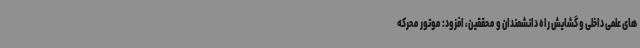
های علمی داخلی و گشایش راه دانشمندان و محققین، افزود: موتور محرکه